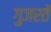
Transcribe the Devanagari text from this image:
गुजरतें